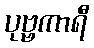
ပုဗ္ဗကာရီ